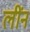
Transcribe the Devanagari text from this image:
लींन